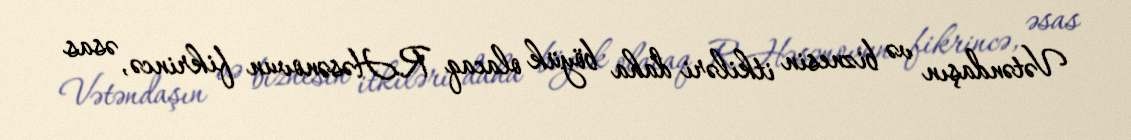
Vətəndaşın və biznesin itkiləri daha böyük olacaq R.Həsənovun fikrincə, əsas